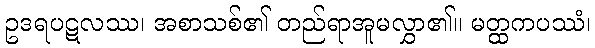
ဥဒရပဋလဿ၊ အစာသစ်၏ တည်ရာအူမလွှာ၏။ မတ္ထကပဿံ၊